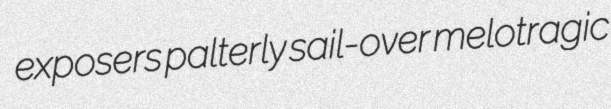
exposers palterly sail-over melotragic